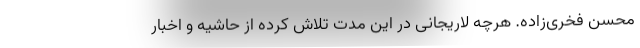
محسن فخری‌زاده. هرچه لاریجانی در این مدت تلاش کرده از حاشیه و اخبار